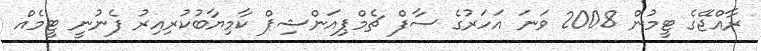
ރާއްޖޭގެ ޓީމުން 2008 ވަނަ އަހަރުގެ ސާފް ޗެމްޕިއަންޝިޕް ކާމިޔާބުކުރިއިރު ފެނުނީ ޓީމެއް